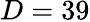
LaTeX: D=39